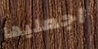
اجعليها